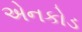
એનકોડ